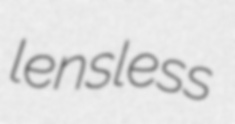
lensless